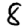
Digit: 8